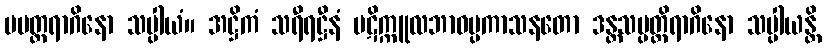
မမတ္တရာဂိနော သပ္ပါယံ။ အဋ္ဌိကံ သရီရဋ္ဌီနံ ပဋိက္ကူလဘာဝပ္ပကာသနတော ဒန္တသမ္ပတ္တိရာဂိနော သပ္ပါယန္တိ